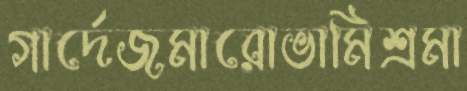
গার্দেজমারোভামিশ্রমা